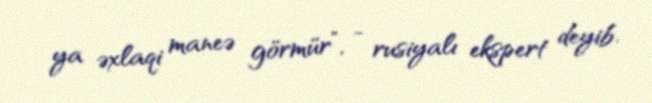
ya əxlaqi maneə görmür”, - rusiyalı ekspert deyib.